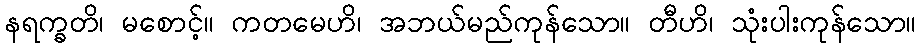
နရက္ခတိ၊ မစောင့်။ ကတမေဟိ၊ အဘယ်မည်ကုန်သော။ တီဟိ၊ သုံးပါးကုန်သော။